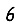
Digit: 6